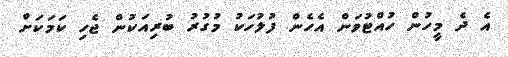
އެ ދެ މީހުން ހުއްޓުވަން އެހެން ފުލުހަކު މުގުރު ބުރިއަކުން ޖެހި ކަމަކަށް